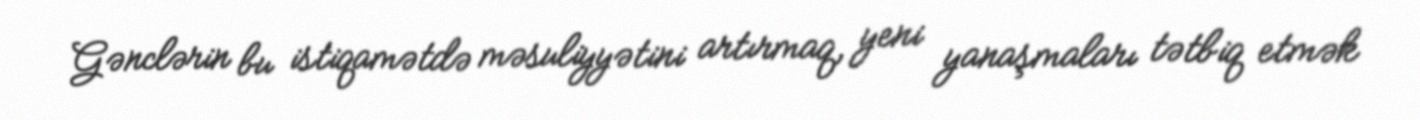
Gənclərin bu istiqamətdə məsuliyyətini artırmaq, yeni yanaşmaları tətbiq etmək